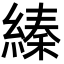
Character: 縥